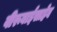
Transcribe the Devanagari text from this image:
वीरूबाईसाहेब